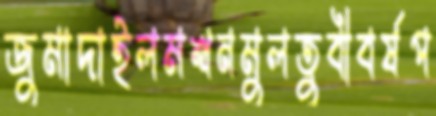
জুমাদাইলমথনমুলতুবীবর্ষপ